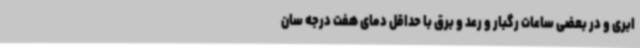
ابری و در بعضی ساعات رگبار و رعد و برق با حداقل دمای هفت درجه سان